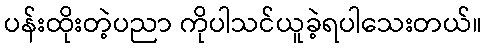
ပန်းထိုးတဲ့ပညာ ကိုပါသင်ယူခဲ့ရပါသေးတယ်။